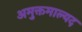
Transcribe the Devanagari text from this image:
अमुक्तमाल्यद